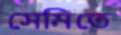
সেমিতে